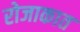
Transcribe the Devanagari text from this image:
रोजाकात